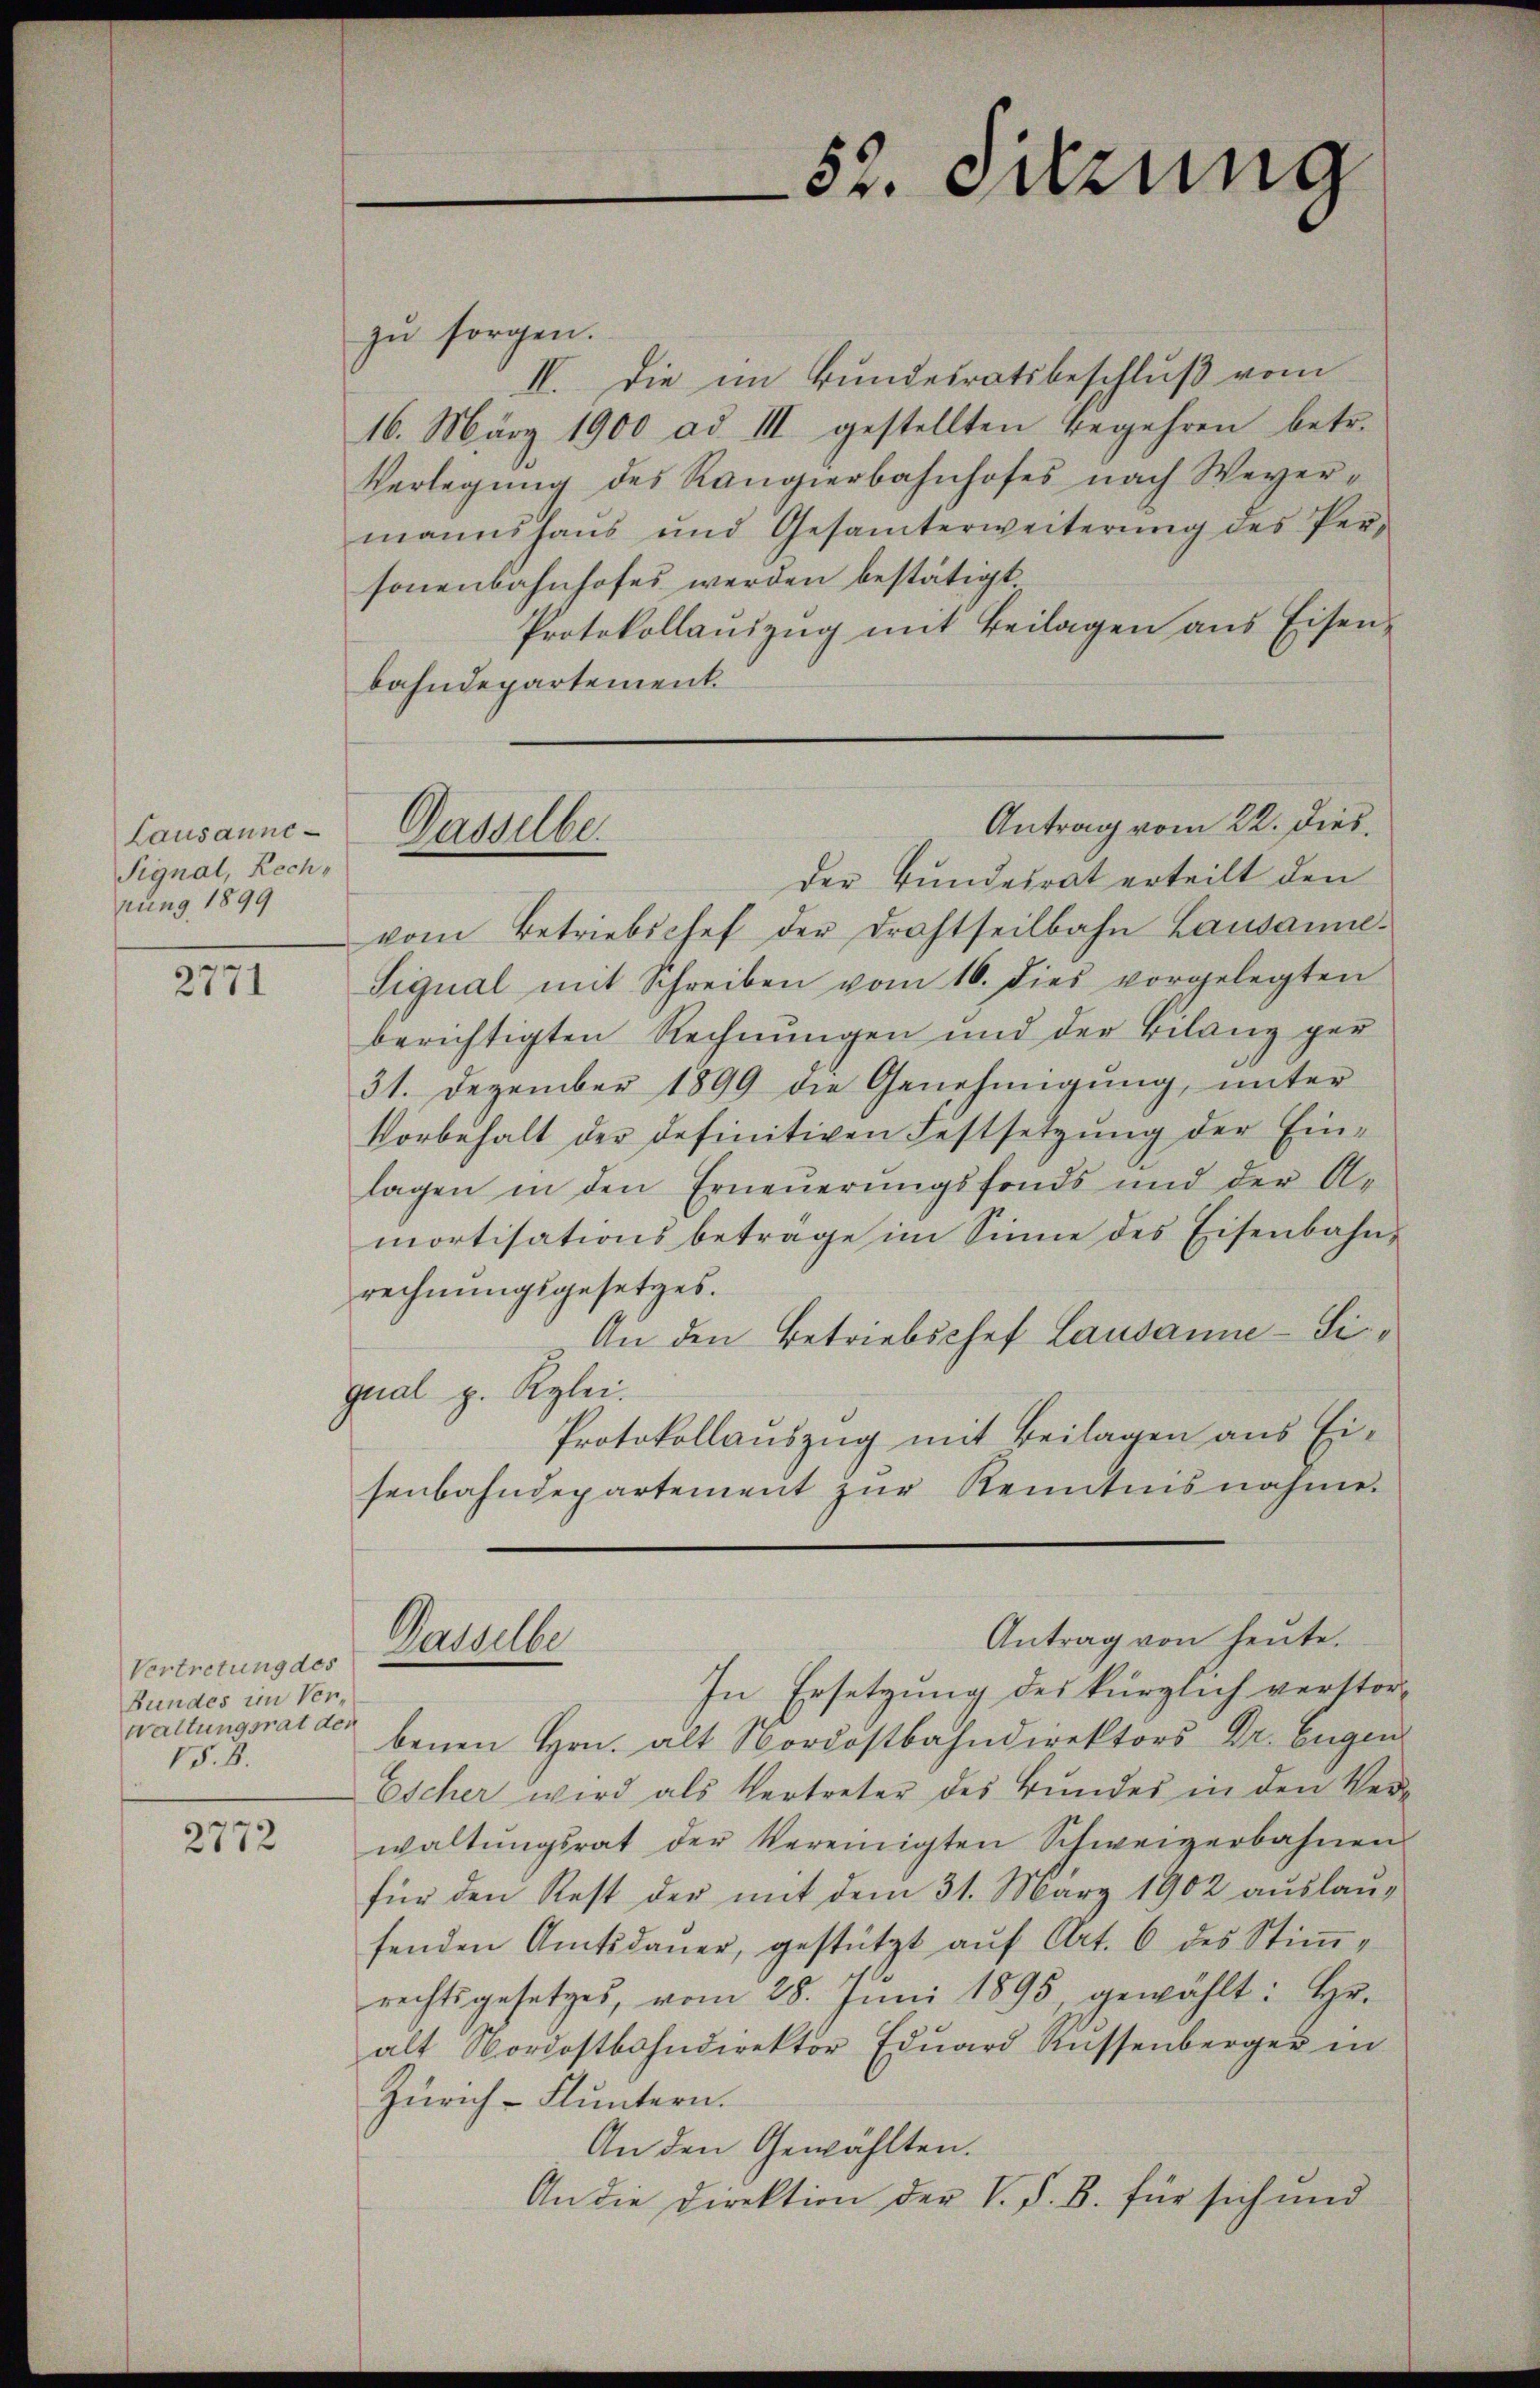
Lausanne¬
Signal, Rechrung 1899

2771

Vertretung des
Bundes im Verwaltungsrat des
V5.8.

2772

zŭ sorgen.
IV. Die im Bundesratsbeschluß vom
16. März 1900 ad III gestellten Begehren betr.
Verlegung des Rangierbahnhofes nach Weyermannshaŭs und Gesamterweiterŭng des Per-
sonenbahnhofes werden bestätigt
Protokollaŭszŭg mit Beilagen aus Eisen-
bahndepartement
Der Bundesrat erteilt den
vom Betriebschef der Drahtseilbahn Lausanne.
Signal mit Schreiben vom 16. dies vorgelegten
berichtigten Rechnŭngen und der Bilanz ger
31. Dezember 1899 die Genehmigung, unter
Vorbehalt der definitiven Festsetzŭng der Ein-
lagen in den Erneŭerŭngsfonds und der A-
mortisations beträge im Sinne des Eisenbahn-
rechnungsgesetzes.
An den Betriebschef Lausanne - Sipal p. Rylei.
Protokollauszug mit Beilagen aus Eisenbahndepartement zŭr Kenntnisnahme.
Antrag von heute.
Dasselbe
In Ersetzung des kürzlich verstorbenen Hrn. alt Nordostbahndirektors Dr. Eugen
Escher wird als Vertreter des Bundes in den Wede
waltŭngsrat der Vereinigten Schweizerbahnen
für den Rest der mit dem 31. März 1902 auslausenden Amtsdauer, gestützt auf Art. 6 des Stimmrechtsgesetzes, vom 28. Jŭni 1895, gewählt: Hr.
alt Nordostbahndirektor Eduard Küssenberger in
Zürich- Fluntern.
An den Gewählten.
An die Direktion der V. P. B. für sich und

Antrag vom 22. Dies
Dasselbe.

52. Sitzung